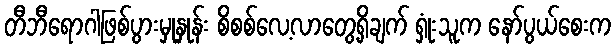
တီဘီရောဂါဖြစ်ပွားမှုနှုန်း စိစစ်လေ့လာတွေ့ရှိချက် ရှုံးသူက နော်ပွယ်စေးက